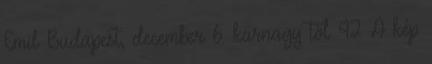
Emil Budapest, december 6. karnagy től 42 A kép